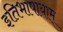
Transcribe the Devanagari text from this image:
इतिभाषायाम्‌